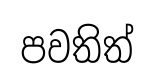
පවතිත්